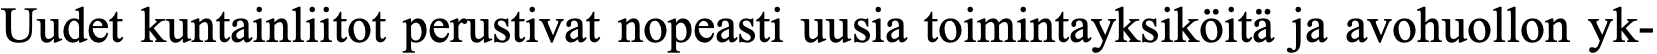
Uudet kuntainliitot perustivat nopeasti uusia toimintayksiköitä ja avohuollon yk-